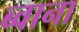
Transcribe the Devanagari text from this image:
ब्वाना